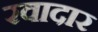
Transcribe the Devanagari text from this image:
रवादार